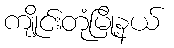
ကျိုင်းတုံမြို့နယ်